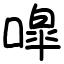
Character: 噑